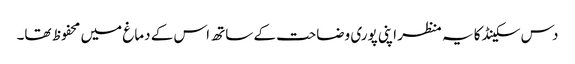
دس سکینڈ کا یہ منظر اپنی پوری وضاحت کے ساتھ اس کے دماغ میں محفوظ تھا۔